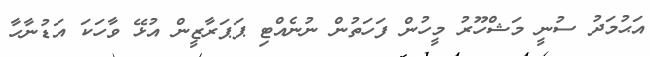
އަޙުމަދު ސުނީ މަޝްހޫރު މީހުން ފަހަތުން ނުނެއްޓި ޕަޕަރާޒީން އުޅޭ ވާހަކަ އަޑުނާހާ